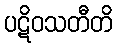
ပဋိဝသတီတိ